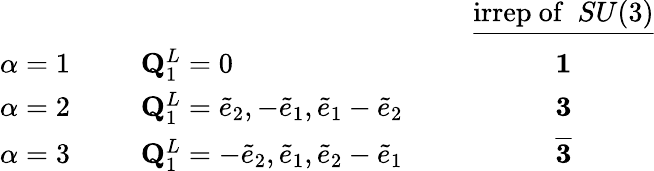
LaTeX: \begin{array}{llllc}{{}}&{{}}&{{}}&{{}}&{{\underline{{{{\mathrm{irrep~of~}}~SU(3)}}}}}\\ {{\alpha=1}}&{{\phantom{6}}}&{{{\mathbf Q}_{1}^{L}=0}}&{{\phantom{6}}}&{{{\mathbf 1}}}\\ {{\alpha=2}}&{{}}&{{{\mathbf Q}_{1}^{L}=\tilde{e}_{2},-\tilde{e}_{1},\tilde{e}_{1}-\tilde{e}_{2}}}&{{}}&{{{\mathbf 3}}}\\ {{\alpha=3}}&{{}}&{{{\mathbf Q}_{1}^{L}=-\tilde{e}_{2},\tilde{e}_{1},\tilde{e}_{2}-\tilde{e}_{1}}}&{{}}&{{{\mathbf{\overline{{{3}}}}}}}\end{array}